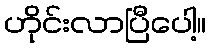
ဟိုင်းလာပြီပေါ့။